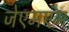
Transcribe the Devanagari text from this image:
जेएमएम